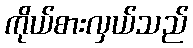
ကိုယ်စားလှယ်သည်